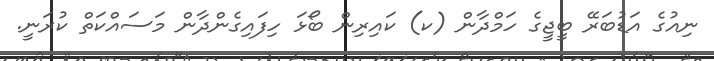
ނިއުގެ އަޑުބަރޭ ބީޖީގެ ހަމްދާން (ކ) ކައިރިން ބޯޅަ ހިފައިގެންދާން މަސައްކަތް ކުރަނީ.